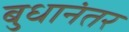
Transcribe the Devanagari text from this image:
बुधानंतर